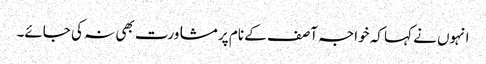
انہوں نے کہا کہ خواجہ آصف کے نام پر مشاورت بھی نہ کی جائے۔